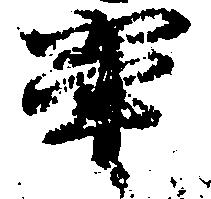
輩